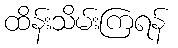
ထိန်းသိမ်းကြရန်